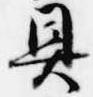
具